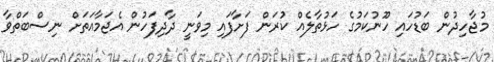
މުޖާހިދުން ބަޑުހައި ހޫނުކަމުގެ ހަޅުތާލެއް ކުރަން ފަށާފައި މިވަނީ ދާދިފަހުން އެޖަމާއަތަށް ނިސްބަތްވާ